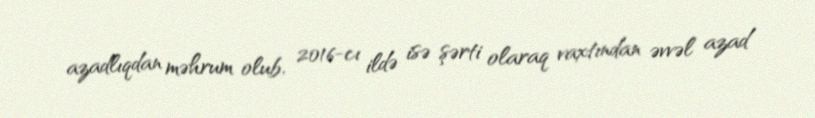
azadlıqdan məhrum olub, 2016-cı ildə isə şərti olaraq vaxtından əvvəl azad